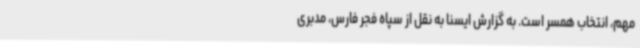
مهم، انتخاب همسر است. به گزارش ایسنا به نقل از سپاه فجر فارس، مدبری